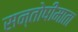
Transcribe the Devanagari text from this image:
सन्तोषीमाता